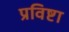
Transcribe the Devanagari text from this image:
प्रविष्टा